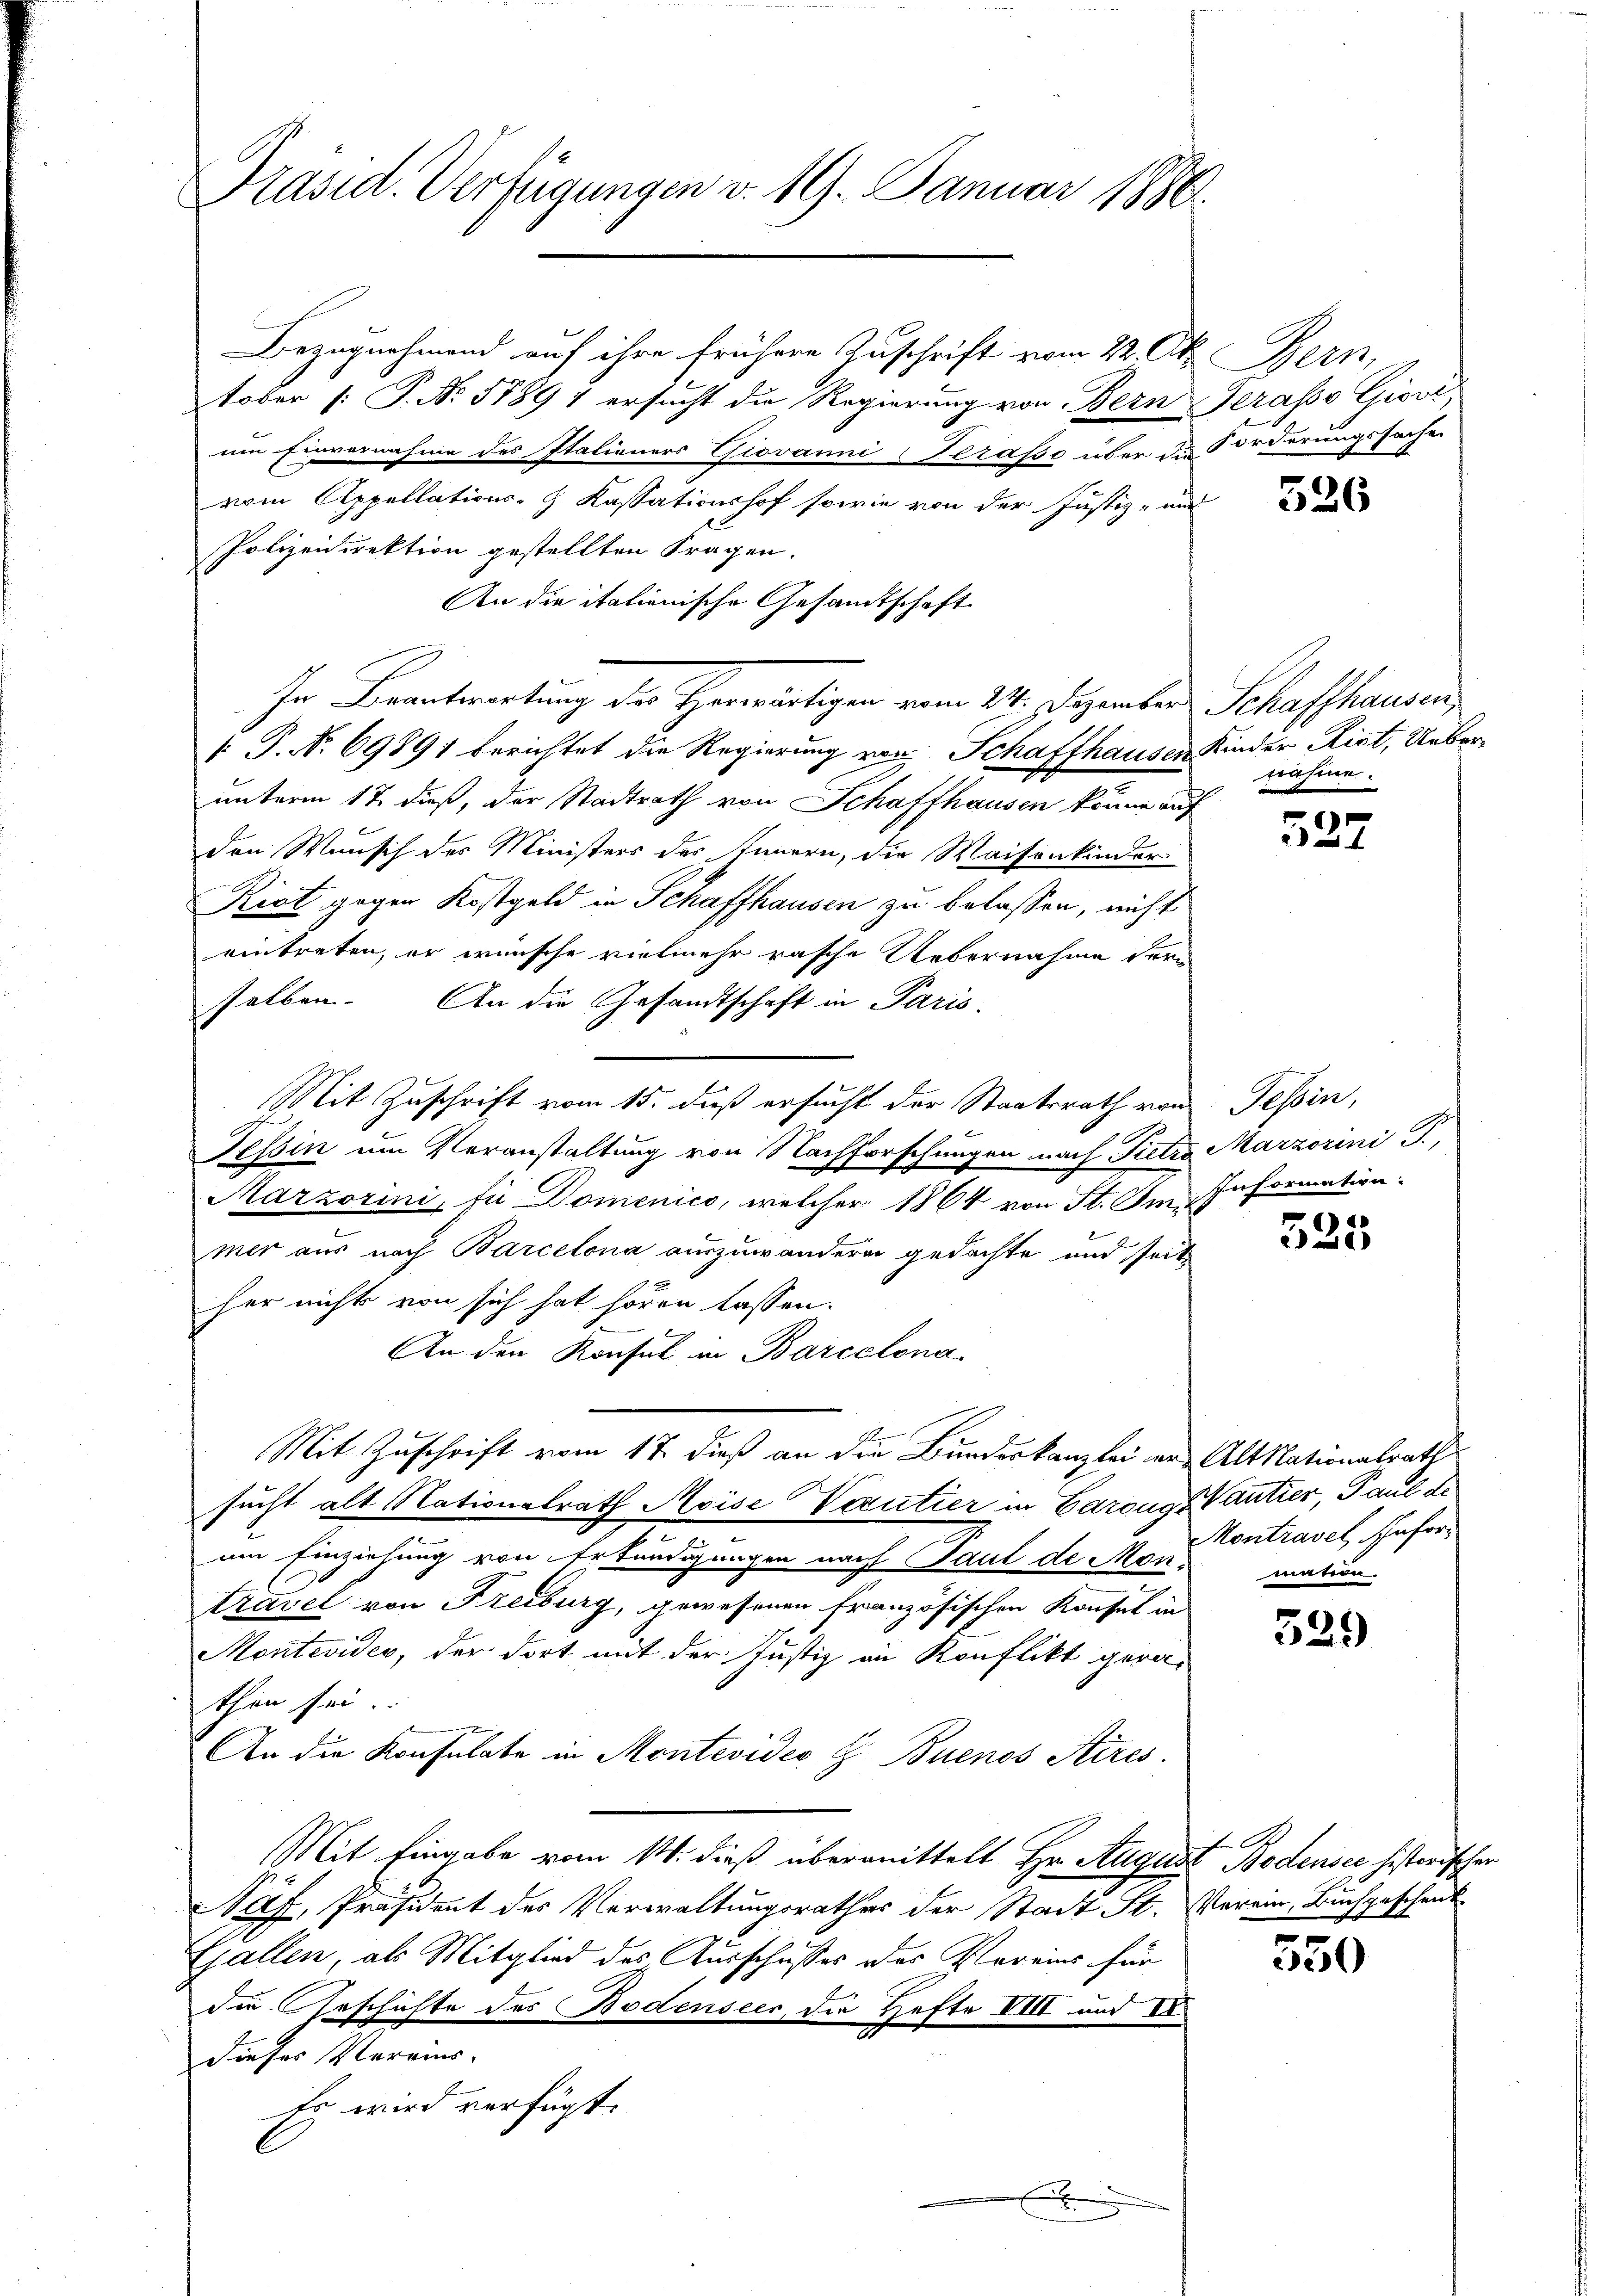
Präsid. Verfügungen v. 19. Januar 1880.

Bezugnehmend auf ihre frühere Zuschrift vom 22. Ok. Bern,
tober [P. Nr. 5789 4 ersucht die Regierung von Bern Terasso Giovi
um Einvernahme des Italieners Giovanni-Serasse über die Forderungssache
vom Appellations-G. Kassationshof sowie von der Justiz- und
Polizeidirektion gestellten Fragen.
An die italienische Gesandtschaft
In Beantwortung der Herwärtigen vom 24. Dezember Schaffhausen,
[ P. Nr. 69891 berichtet die Regierung von Schaffhausen Kinder Riet, Ueberunterm 17. dieß, der Stadtrath von Schaffhausen könne auf
den Wunsch des Ministers des Innern, die Waisenkinder
Rist gegen Kostgeld in Schaffhausen zu belassen, nicht
eintreten, er wünsche vielmehr rasche Uebernahme dere
selben. An die Gesandtschaft in Paris
Mit Zuschrift vom 15. dieß ersucht der Staatsrath von
Tessin um Veranstaltung von Nachforschungen nach Pietro Marzorini J.,
Marzorini, für Domenico, welcher 1864 von St. Im Information.
mer aus nach Barcelona auszuwandern gedachte und seits
her nicht von sich hat hören lassen.
An der Konsul in Barcelona
Mit Zuschrift vom 17. dieß an die Bundeskanzlei der Alt Nationalrath
sucht alt Nationalrath Avise Vautier in BarongsVantier, Paul de
am Einziehung von Erkundigungen nach Paul de Mon- mation
travel von Freiburg, gewesenen französischen Konsul in
Montevides, der dort mit der Justiz an Konflikt gerathen sei.
An die Konsulate in Montevideo z. Buenos Aires.
Mit Eingabe vom 14. dieß übermittelt Hr. August Bodensee historischen
af, Präsident des Verwaltungsrathes der Stadt St. Verein, Buchge-
Gallen, als Mitglied des Ausschusses des Vereins für
die Geschichte des Bodensees, die Hefte VIII und E
dieser Vereins-
Es wird verfügt:

526

nahme.

527

Tessin,

525

Montravel, Infor¬

529

haufe

550